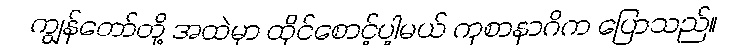
ကျွန်တော်တို့ အထဲမှာ ထိုင်စောင့်ပါ့မယ် ကုစာနာဂိက ပြောသည်။